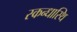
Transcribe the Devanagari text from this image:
स्कन्धास्थि